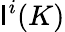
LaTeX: \mathsf{I}^{i}(K)